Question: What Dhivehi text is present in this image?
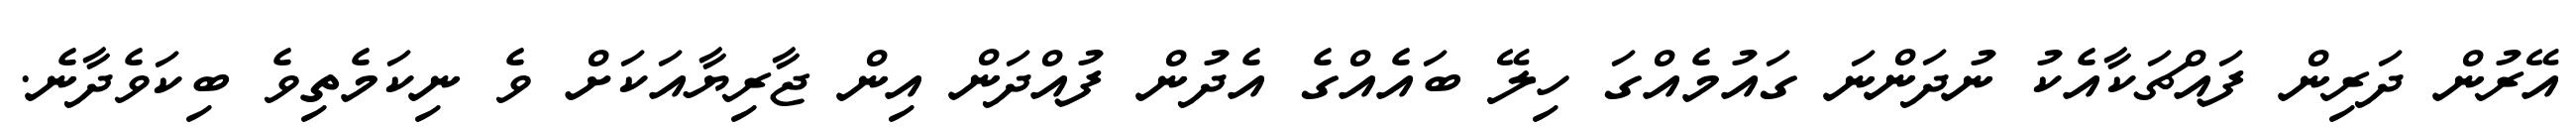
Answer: އޭރުން ދަރިން ފައްޗަކާއެކު ނުދަންނަ ގައުމެއްގަ ހިލޭ ބައެއްގެ އެދުން ފުއްދަން އިން ޖާރިޔާއަކަށް ވެ ނިކަމެތިވެ ބިކަވެދާނެ.